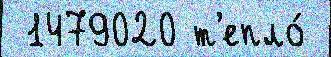
 1479020 т'епло́